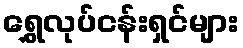
ရွှေလုပ်ငန်းရှင်များ